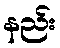
နည်း